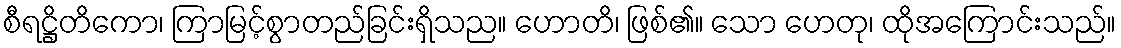
စီရဋ္ဌိတိကော၊ ကြာမြင့်စွာတည်ခြင်းရှိသည။ ဟောတိ၊ ဖြစ်၏။ သော ဟေတု၊ ထိုအကြောင်းသည်။